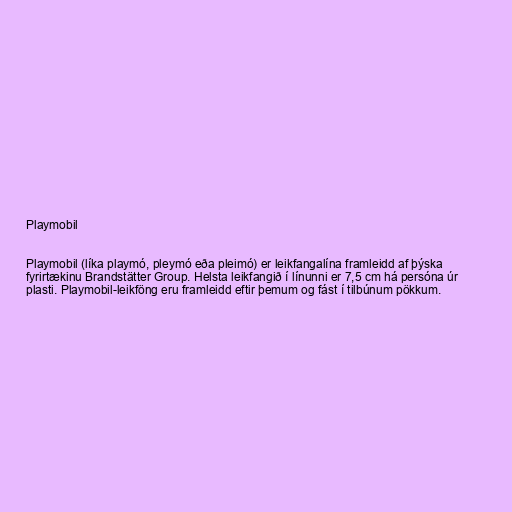
Playmobil

Playmobil (líka playmó, pleymó eða pleimó) er leikfangalína framleidd af þýska
fyrirtækinu Brandstätter Group. Helsta leikfangið í línunni er 7,5 cm há persóna úr
plasti. Playmobil-leikföng eru framleidd eftir þemum og fást í tilbúnum pökkum.